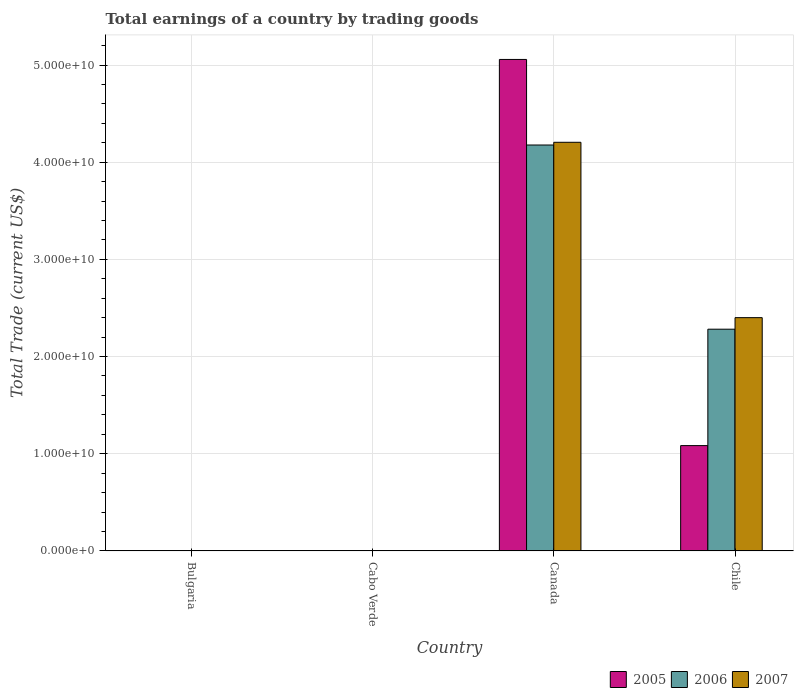
| Country | 2005 | 2006 | 2007 |
 | --- | --- | --- | --- |
 | Bulgaria | -5.41e+09 | -6.98e+09 | -1.05e+10 |
 | Cabo Verde | -3.5e+08 | -4.59e+08 | -6.62e+08 |
 | Canada | 5.06e+10 | 4.18e+10 | 4.2e+10 |
 | Chile | 1.08e+10 | 2.28e+10 | 2.4e+10 |